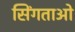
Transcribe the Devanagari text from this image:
सिंगताओ